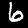
Label: 6